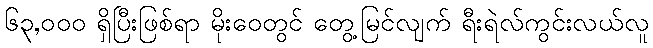
၆၃,၀၀၀ ရှိပြီးဖြစ်ရာ မိုးဝေတွင် တွေ့မြင်လျက် ရီးရဲလ်ကွင်းလယ်လူ